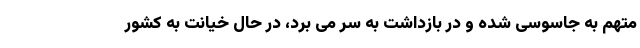
متهم به جاسوسی شده و در بازداشت به سر می برد، در حال خیانت به کشور